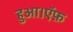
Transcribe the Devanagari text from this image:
हुआ।ऍफ़